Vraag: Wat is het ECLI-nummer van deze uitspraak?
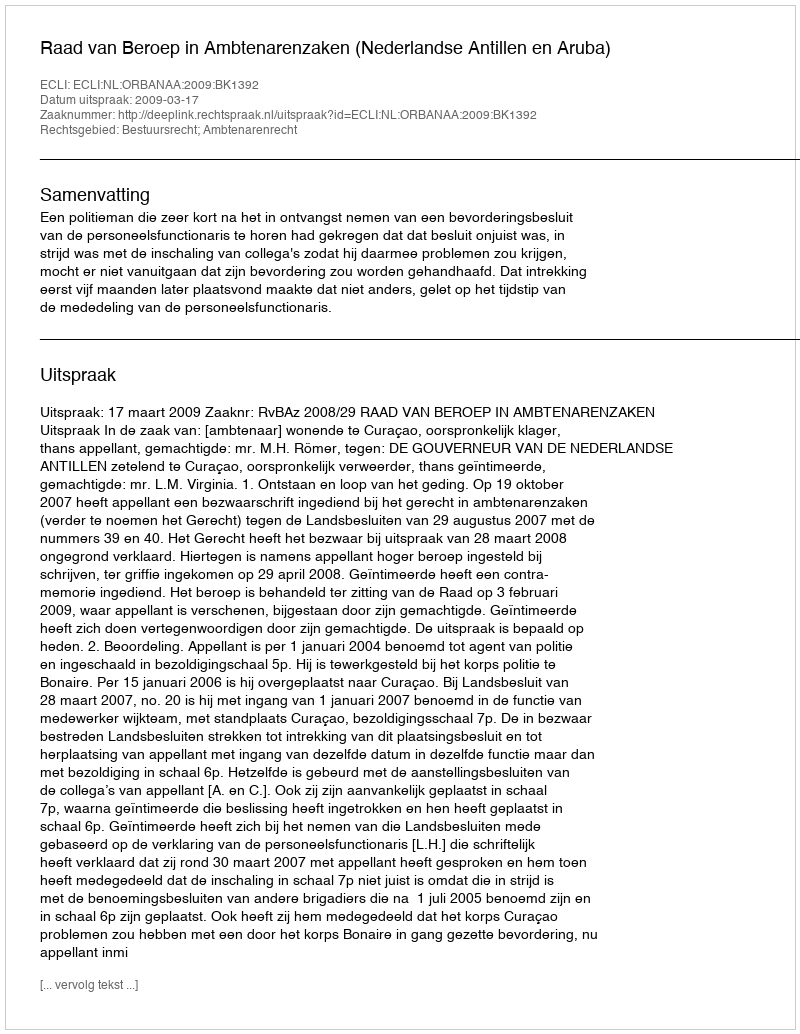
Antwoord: ECLI:NL:ORBANAA:2009:BK1392